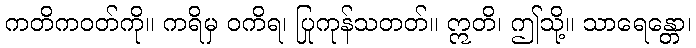
ကတိကဝတ်ကို။ ကရိမှ ဝကိရ၊ ပြုကုန်သတတ်။ ဣတိ၊ ဤသို့။ သာရေန္တော၊